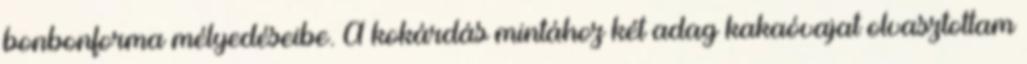
bonbonforma mélyedéseibe. A kokárdás mintához két adag kakaóvajat olvasztottam